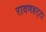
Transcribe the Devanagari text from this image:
रावणहट्टा